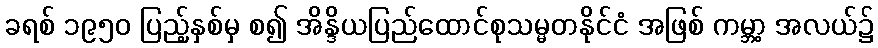
ခရစ် ၁၉၅၀ ပြည့်နှစ်မှ စ၍ အိန္ဒိယပြည်ထောင်စုသမ္မတနိုင်ငံ အဖြစ် ကမ္ဘာ့ အလယ်၌